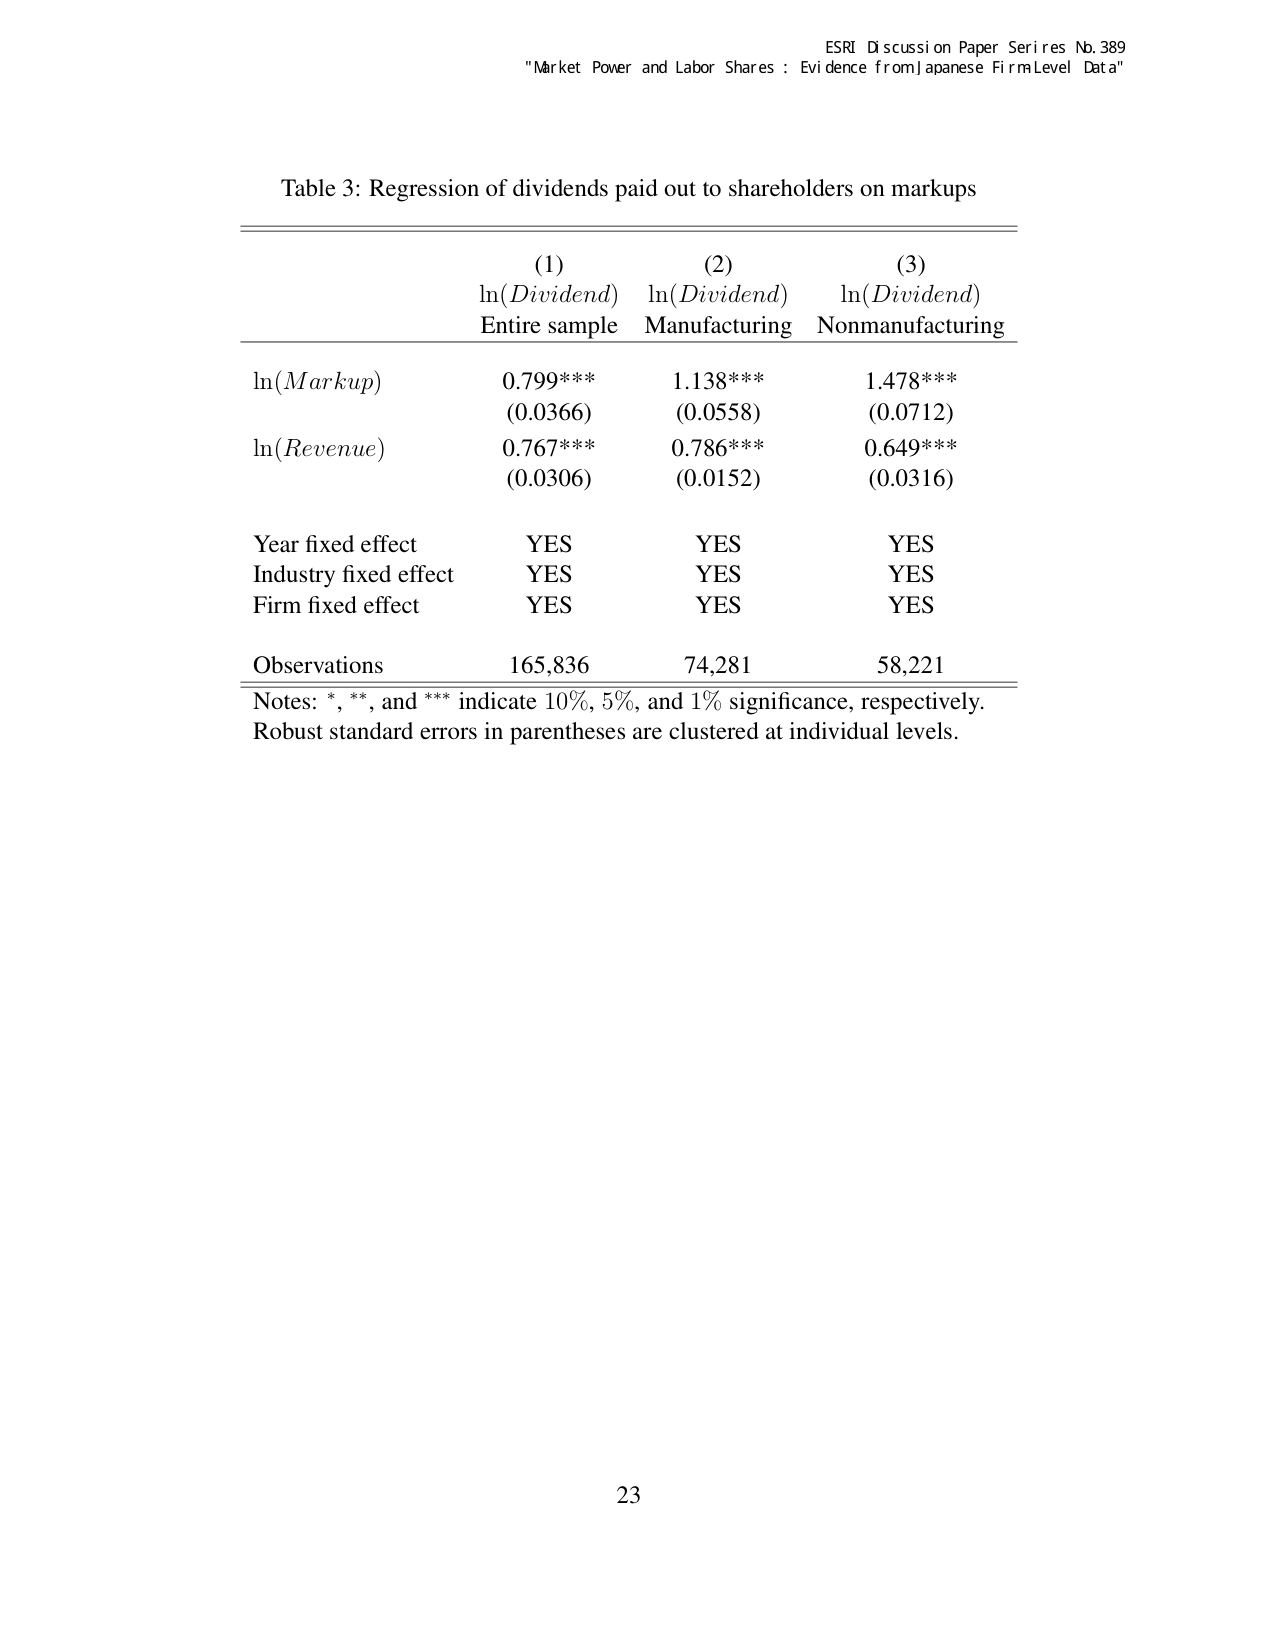
ESRI Discussion Paper Series No. 389
"Market Power and Labor Shares : Evidence from Japanese Firm Level Data"

Table 3: Regression of dividends paid out to shareholders on markups

(1)             (2)                 (3)
ln(Dividend)    ln(Dividend)        ln(Dividend)
Entire sample   Manufacturing       Nonmanufacturing

ln(Markup)      0.799***            1.138***          1.478***
                (0.0366)            (0.0558)          (0.0712)

ln(Revenue)     0.767***            0.786***          0.649***
                (0.0306)            (0.0152)          (0.0316)

Year fixed effect   YES               YES               YES
Industry fixed effect YES             YES               YES
Firm fixed effect   YES               YES               YES

Observations      165,836             74,281            58,221

Notes: *, **, and *** indicate 10%, 5%, and 1% significance, respectively.
Robust standard errors in parentheses are clustered at individual levels.

23